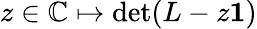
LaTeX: z\in{\mathbb C}\mapsto\operatorname*{det}(L-z{\mathbf 1})